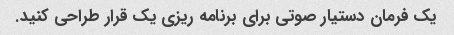
یک فرمان دستیار صوتی برای برنامه ریزی یک قرار طراحی کنید.